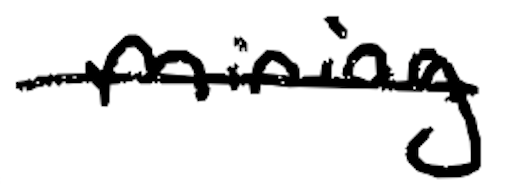
Text: mining
Cross-out: single-line
Writing tool: digital_black